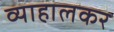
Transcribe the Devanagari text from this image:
व्याहालकर